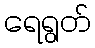
ရေရွတ်